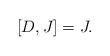
LaTeX: \begin{align*} [D,J]=J.\end{align*}